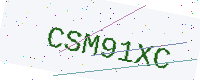
Text: CSM91XC